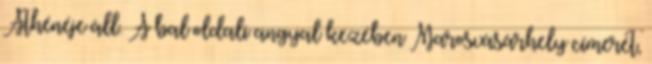
Athénéje áll. A bal oldali angyal kezében Marosvásárhely címerét,